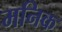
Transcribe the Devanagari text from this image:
मनिक